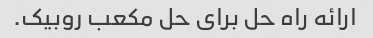
ارائه راه حل برای حل مکعب روبیک.